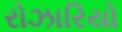
રોઝારિયો